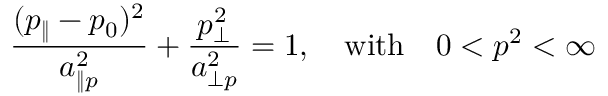
\frac { ( p _ { \| } - p _ { 0 } ) ^ { 2 } } { a _ { \| p } ^ { 2 } } + \frac { p _ { \perp } ^ { 2 } } { a _ { \perp p } ^ { 2 } } = 1 , \quad \mathrm { w i t h } \quad 0 < p ^ { 2 } < \infty